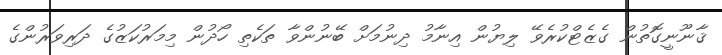
ޤާނޫނީގޮތުން ގެޒެޓްކުރެވޭ ލިޔުން އިނާމު ދިނުމަށް ބޭނުންވާ ތަކެތި ހޯދުން މިމަރުކަޒުގެ ދަރިވަރުންގެ